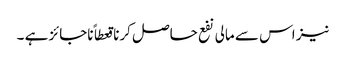
نیز اس سے مالی نفع حاصل کرنا قعطاً ناجائز ہے ۔